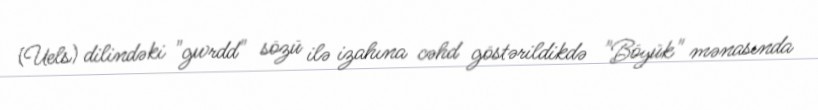
(Uels) dilindəki "gwrdd" sözü ilə izahına cəhd göstərildikdə "Böyük" mənasında